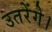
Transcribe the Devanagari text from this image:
उतरेंगे।